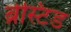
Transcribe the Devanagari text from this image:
ब्रेस्टिड